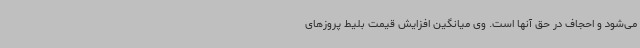
می‌شود و احجاف در حق آنها است. وی میانگین افزایش قیمت بلیط پروزهای